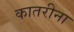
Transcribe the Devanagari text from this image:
कातरीना